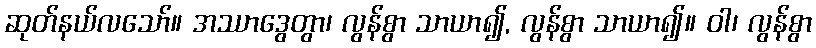
ဆုတ်နယ်လသော်။ အဿာဒွေတွာ၊ လွန်စွာ သာယာ၍, လွန်စွာ သာယာ၍။ ဝါ၊ လွန်စွာ